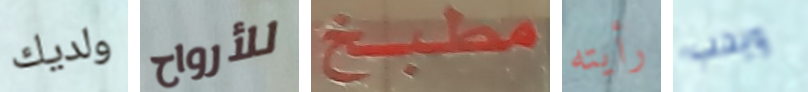
ولديك للأرواح مطبخ رأيته ويحب